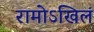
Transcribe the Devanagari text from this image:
रामोऽखिलं